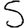
Digit: 5